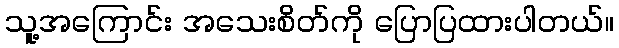
သူ့အကြောင်း အသေးစိတ်ကို ပြောပြထားပါတယ်။